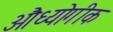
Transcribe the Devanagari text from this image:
औध्योगीक